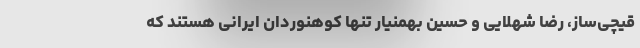
قیچی‌ساز، رضا شهلایی و حسین بهمنیار تنها کوهنوردان ایرانی هستند که